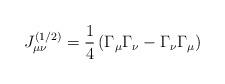
LaTeX: \begin{align*}J_{\mu \nu }^{(1/2)}=\frac 14\left( \Gamma _\mu \Gamma _\nu -\Gamma _\nu\Gamma _\mu \right) \end{align*}